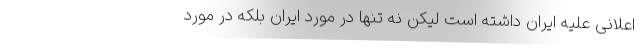
اعلانی علیه ایران داشته است لیکن نه تنها در مورد ایران بلکه در مورد